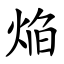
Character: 焔